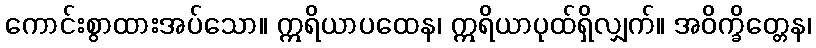
ကောင်းစွာထားအပ်သော။ ဣရိယာပထေန၊ ဣရိယာပုထ်ရှိလျှက်။ အဝိက္ခိတ္တေန၊